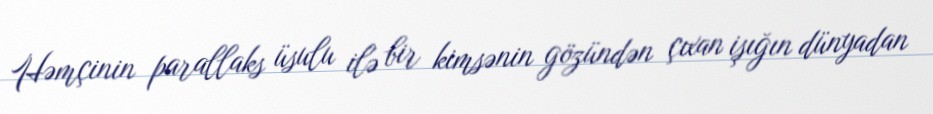
Həmçinin parallaks üsulu ilə bir kimsənin gözündən çıxan işığın dünyadan